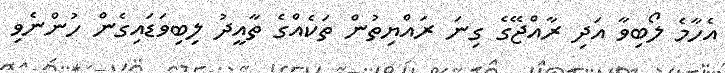
އެހާމެ ލޯބިވާ އަދި ރާއްޖޭގެ ގިނަ ރައްޔިތުން ތަކެއްގެ ތާއީދު ލިބިވަޑައިގެން ހުންނެވި